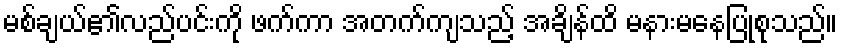
မစ်ချယ်၏လည်ပင်းကို ဖက်ကာ အတက်ကျသည့် အချိန်ထိ မနားမနေပြုစုသည်။